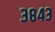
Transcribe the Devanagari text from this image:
३८४३